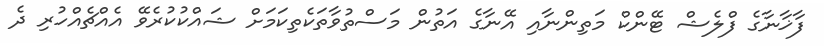
ފާޚާނާގެ ފްލެޝް ޓޭންކް މަތިންނާއި އޭނާގެ އަތުން މަސްތުވާތަކެތިކަމަށް ޝައްކުކުރެވޭ އެއްޗެއްހުރި ދެ